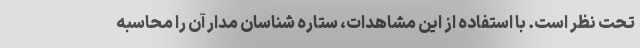
تحت نظر است. با استفاده از این مشاهدات، ستاره شناسان مدار آن را محاسبه